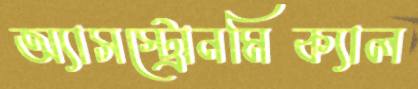
অ্যাসস্ট্রোনমিক্যাল